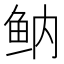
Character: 𱇔